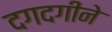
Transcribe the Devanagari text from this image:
दगदगीने